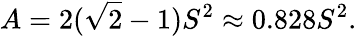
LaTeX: A=2({\sqrt{2}}-1)S^{2}\approx 0.828S^{2}.